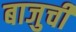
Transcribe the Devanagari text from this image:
बाजुची